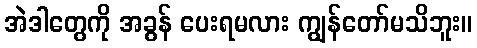
အဲဒါတွေကို အခွန် ပေးရမလား ကျွန်တော်မသိဘူး။